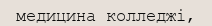
медицина колледжі,